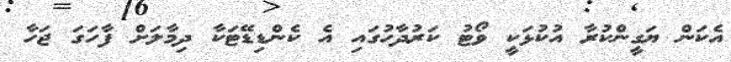
އެކަން ޔަގީންކުރާ އުކުޅަކީ ވޯޓު ކަރުދާހުގައި އެ ކެންޑިޑޭޓަކާ ދިމާލަށް ފާހަގަ ޖަހާ